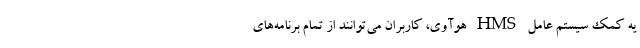
یه کمک سیستم عامل HMS هوآوی، کاربران می‌توانند از تمام برنامه‌های